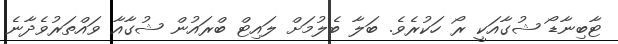
ޓާބިނާޑޯ ޝުގާއަކީ ރޯ ހަކުރެވެ. ބަލާ ބެލުމަށް ލައިޓް ބްރައުން ޝުގާއާ ވައްތަރުވެދާނެ